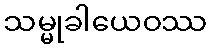
သမ္မုခါယေဝဿ